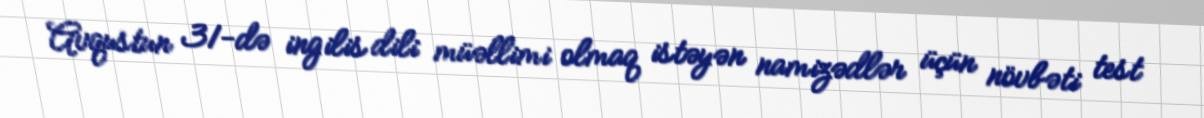
Avqustun 31-də ingilis dili müəllimi olmaq istəyən namizədlər üçün növbəti test